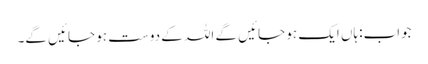
جواب:ہاں ایک ہو جائیں گے اللہ کے دوست ہو جائیں گے۔